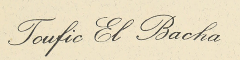
Toufic El Bacha